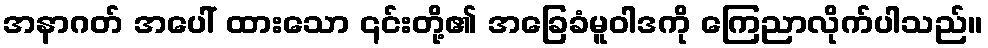
အနာဂတ် အပေါ် ထားသော ၎င်းတို့၏ အခြေခံမူဝါဒကို ကြေညာလိုက်ပါသည်။